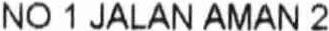
NO 1 JALAN AMAN 2